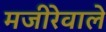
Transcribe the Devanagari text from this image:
मजीरेवाले